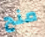
منح